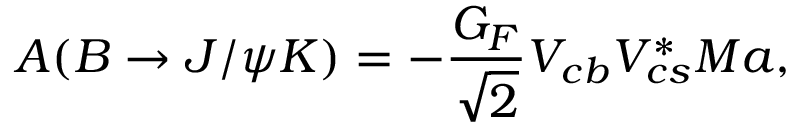
A ( B \rightarrow J / \psi K ) = - \frac { G _ { F } } { \sqrt { 2 } } V _ { c b } V _ { c s } ^ { \ast } M a ,